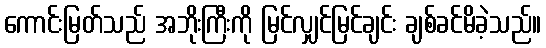
ကောင်းမြတ်သည် အဘိုးကြီးကို မြင်လျှင်မြင်ချင်း ချစ်ခင်မိခဲ့သည်။